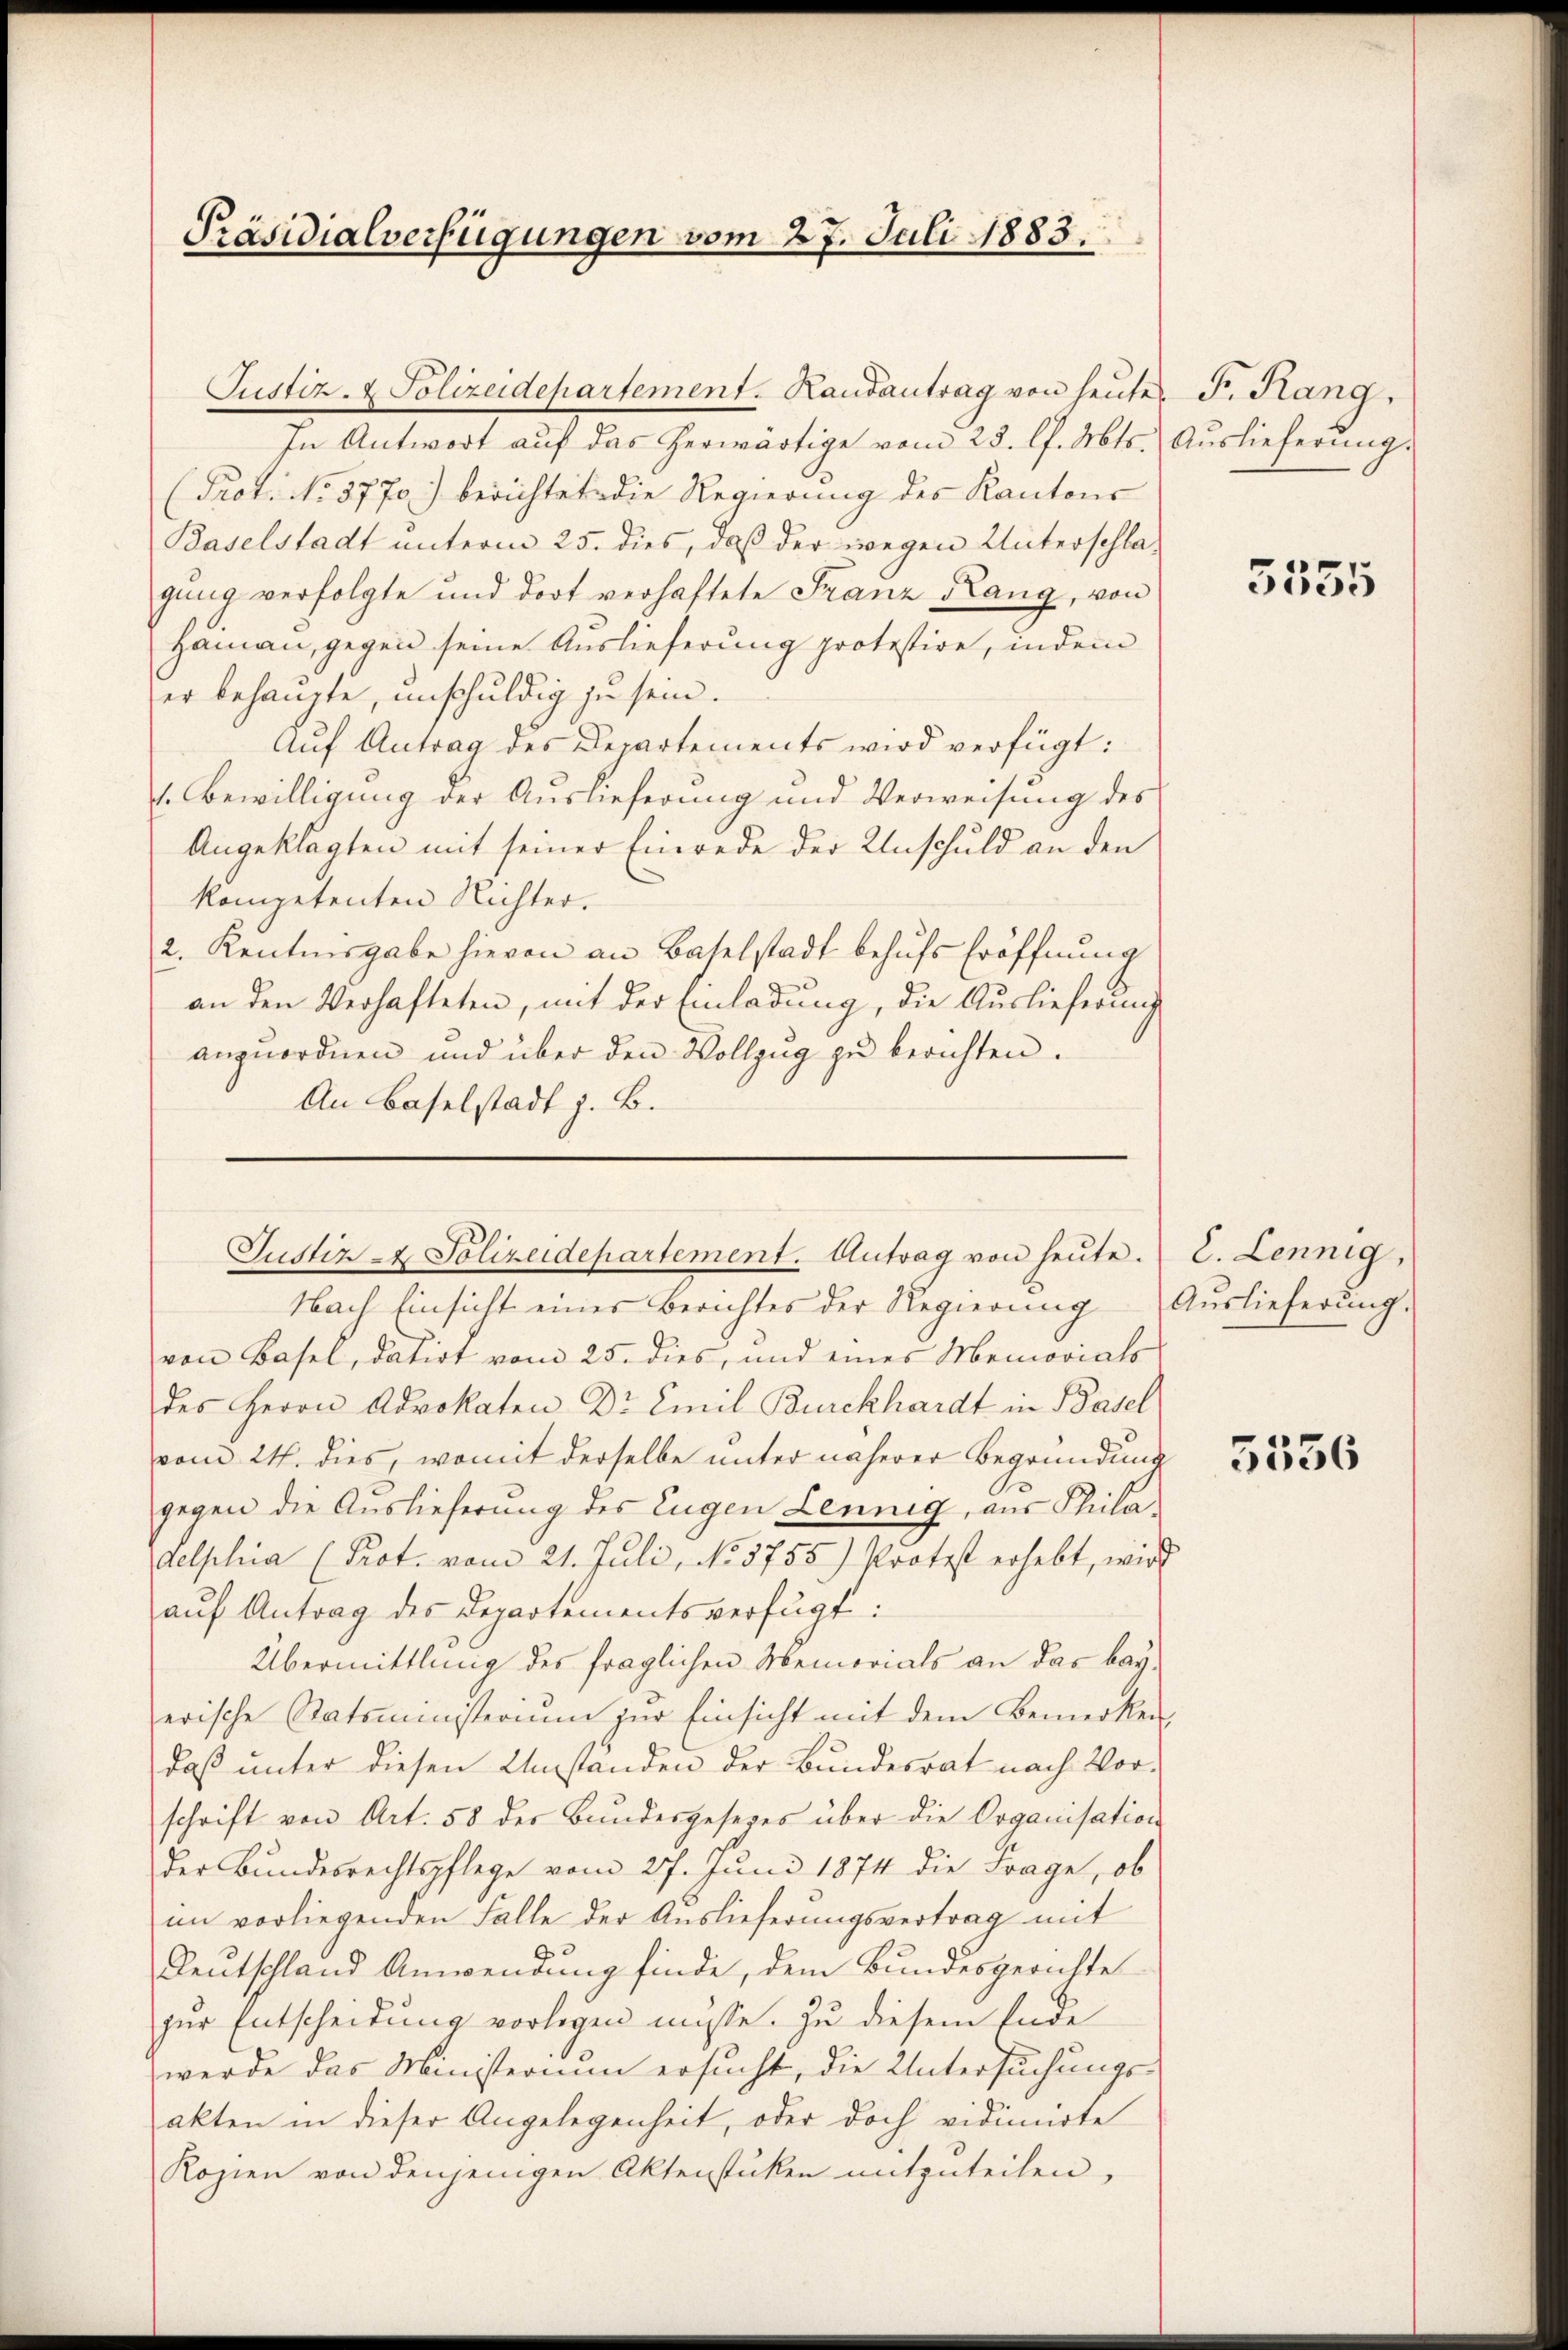
Präsidialverfügungen vom 27. Juli 1883.

Justiz- & Polizeidepartement. Kausantrag von heŭtes F. Rang,
In Antwort auf das herwärtige vom 23. l. Mts.
(Prot. No. 5770) berichtete die Regierung des Kantons
Baselstadt unterm 25. dies, daß der wegen Unterschlagung verfolgte und dort verhaftete Franz Rang, von
Hamann, gegen seine Auslieferung protestire, indem
er behaupte, unschuldig zu sein.
Aŭf Antrag des Departements wird verfügt:
1. Bewilligung der Auslieferung und Verweisung des
Angeklagten mit seiner Einrede der Unschuld an den
kompetenten Nichter.
2. Kenntnisgabe hievon an Baselstadt behufs Eröffnung
an den Verhafteten, mit der Einladung, die Auslieferung
anzuordnen und über den Vollzug zu berichten.
An Baselstadt z. B.

Justiz & Polizeidepartement. Antrag von heŭte.

Auslieferung.

Nach Einsicht eines Berichtes der Regierŭng Aŭslieferŭng.
von Basel, datirt vom 25. dies, und eines Memorials
des Herrn Advokaten Dr Emil Burckhardt in Basel
vom 24. dies, womit derselbe unter näherer Begründung
gegen die Auslieferung des Eugen Lennig, aus Philadelphia (Prot. vom 21. Juli, No 3755) Protest erhebt, wird
aŭf Antrag des Departementsverfügt:
Übermittlung des fraglichen Memorials an das beyerische Statsministerium zur Einsicht mit dem Bemerken,
daß unter diesen Umständen der Bundesrat nach Vor-
schrift von Art. 58 der Bundesgesetzes über die Organisation
Der Bundesrechtspflege vom 27. Juni 1874 die Frage, ob
im vorliegenden Falle der Auslieferungsvertrag mit
Deutschland Anwendung finde, dem Bundesgerichte
zur Entscheidung vorlegen müsse. Zu diesem Ende
werde das Ministerium ersucht, die Untersuchungsakten in dieser Angelegenheit, oder doch vidimirte
Kopien von denjenigen Aktenstücken mitzuteilen,

5555

C. Lennig,

5556